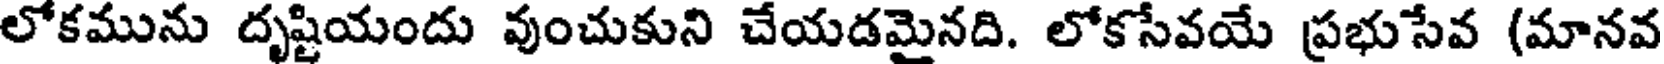
లోకమును దృష్టియందు వుంచుకుని చేయడమైనది. లోకసేవయే ప్రభుసేవ (మానవ